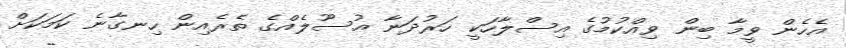
އެހެން ވީމާ ބިން ވިއްކުމުގެ އިސްލާހަކީ ހަރުދަނާ އުސޫލެއްގެ ތެރެއިން ހިނގާނެ ކަމަކަށް